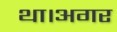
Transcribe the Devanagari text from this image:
था।अगर